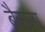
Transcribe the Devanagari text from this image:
बैसना